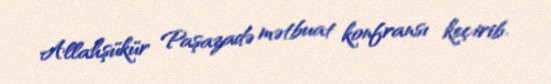
Allahşükür Paşazadə mətbuat konfransı keçirib.